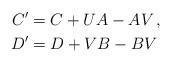
LaTeX: \begin{align*}C'&= C+ UA-AV\,,\\D'&= D + VB-BV\end{align*}